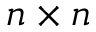
n \times n